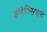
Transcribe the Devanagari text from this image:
झेरेक्सिसचे